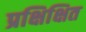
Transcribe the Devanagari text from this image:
प्रक्षिक्षित